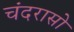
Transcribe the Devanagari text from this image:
चंदरासो